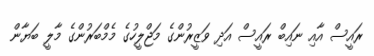
ރައީސް އާއި ނައިބް ރައީސް އަދި ވަޒީރުންގެ މަޖްލީހުގެ މެމްބަރުންގެ މާލީ ބަޔާން